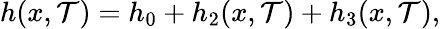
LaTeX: h(x,\mathcal{T})=h_{0}+h_{2}(x,\mathcal{T})+h_{3}(x,\mathcal{T}),